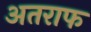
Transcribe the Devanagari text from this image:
अतराफ